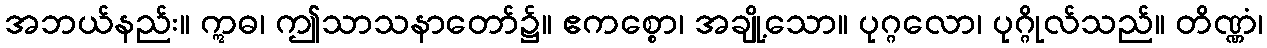
အဘယ်နည်း။ ဣဓ၊ ဤသာသနာတော်၌။ ဧကစ္စော၊ အချို့သော။ ပုဂ္ဂလော၊ ပုဂ္ဂိုလ်သည်။ တိဏ္ဏံ၊